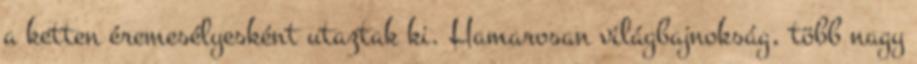
a ketten éremesélyesként utaztak ki. Hamarosan világbajnokság, több nagy